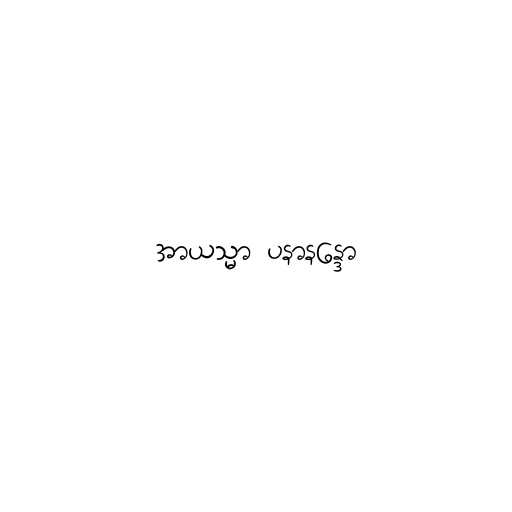
အာယသ္မာ ပနာနန္ဒော